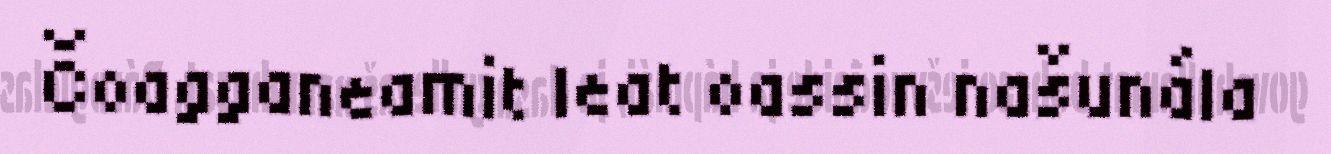
Čoagganeamit leat oassin našunála